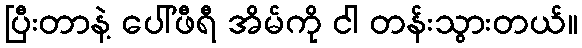
ပြီးတာနဲ့ ပေါ်ဖီရီ အိမ်ကို ငါ တန်းသွားတယ်။